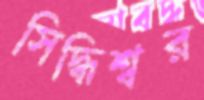
সিদ্ধিশ্বর